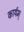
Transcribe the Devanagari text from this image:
कार्यम्